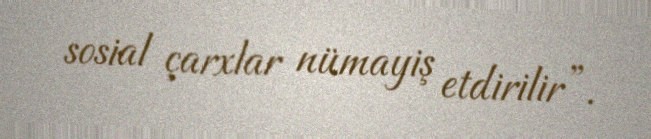
sosial çarxlar nümayiş etdirilir”.